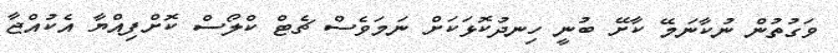
ވަގުތުން ނުކާނަމޭ ކާށޭ ބުނީ ހިނދުކޮޅަކަށް ނަމަވެސް ޗެޓް ކްލޯސް ކޮށްފިއްޔާ އެކުއްޖާ